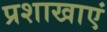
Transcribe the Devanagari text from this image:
प्रशाखाएं